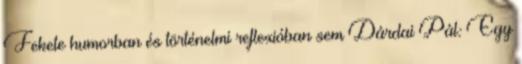
Fekete humorban és történelmi reflexióban sem Dárdai Pál: Egy